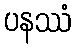
ပနဿံ